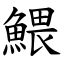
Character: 鰃